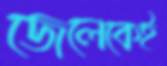
জেলেকেই